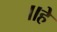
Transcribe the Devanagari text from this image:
॥हे